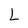
Character: L